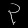
Digit: ၃